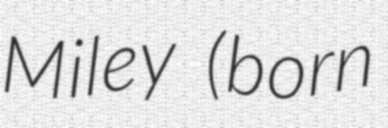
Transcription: Miley (born